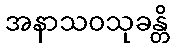
အနာသဝသုခန္တိ